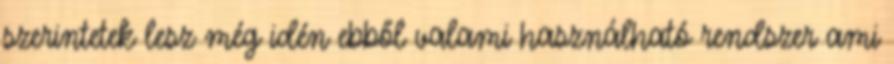
szerintetek lesz még idén ebből valami használható rendszer ami